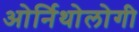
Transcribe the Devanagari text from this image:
ओर्निथोलोगी